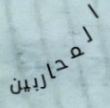
المحاربين